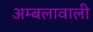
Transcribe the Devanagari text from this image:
अम्बलावाली